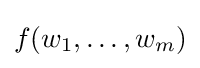
f(w_{1},\ldots ,w_{m})